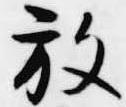
放